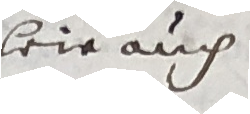
weie aūch